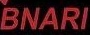
BNARI